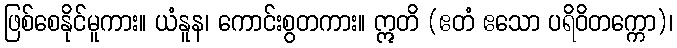
ဖြစ်စေနိုင်မူကား။ ယံနူန၊ ကောင်းစွတကား။ ဣတိ (ဧတံ ဧသော ပရိဝိတက္ကော)၊